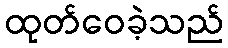
ထုတ်ဝေခဲ့သည်